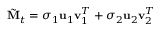
\tilde { \mathbf { M } } _ { t } = \sigma _ { 1 } \mathbf { u } _ { 1 } \mathbf { v } _ { 1 } ^ { T } + \sigma _ { 2 } \mathbf { u } _ { 2 } \mathbf { v } _ { 2 } ^ { T }